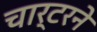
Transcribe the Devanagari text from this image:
चार्टरने